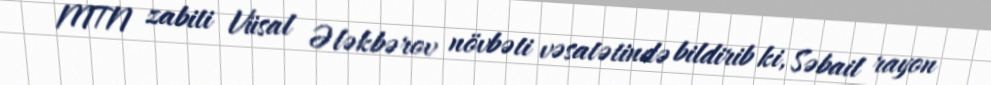
MTN zabiti Vüsal Ələkbərov növbəti vəsatətində bildirib ki, Səbail rayon